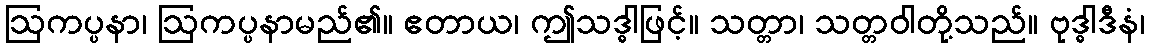
ဩကပ္ပနာ၊ ဩကပ္ပနာမည်၏။ ဧတာယ၊ ဤသဒ္ဓါဖြင့်။ သတ္တာ၊ သတ္တဝါတို့သည်။ ဗုဒ္ဓါဒီနံ၊